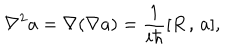
LaTeX: \nabla ^ { 2 } a = \nabla ( \nabla a ) = \frac 1 { i \hbar } [ R \, , \, a ] ,